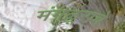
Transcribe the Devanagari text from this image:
मंगळूराचे